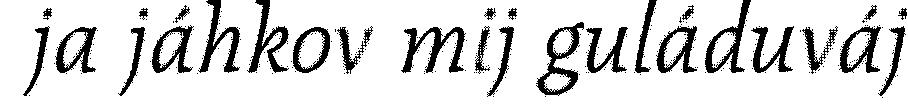
ja jáhkov mij guláduváj